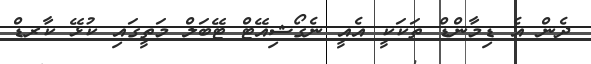
ދެން އެ ޑިމާންޑް ތަކަކީ އެއީ ނެގޯޝިއޭޓް ޓޭބަލް މަތީގައި ކުޅޭ ކާރޑް